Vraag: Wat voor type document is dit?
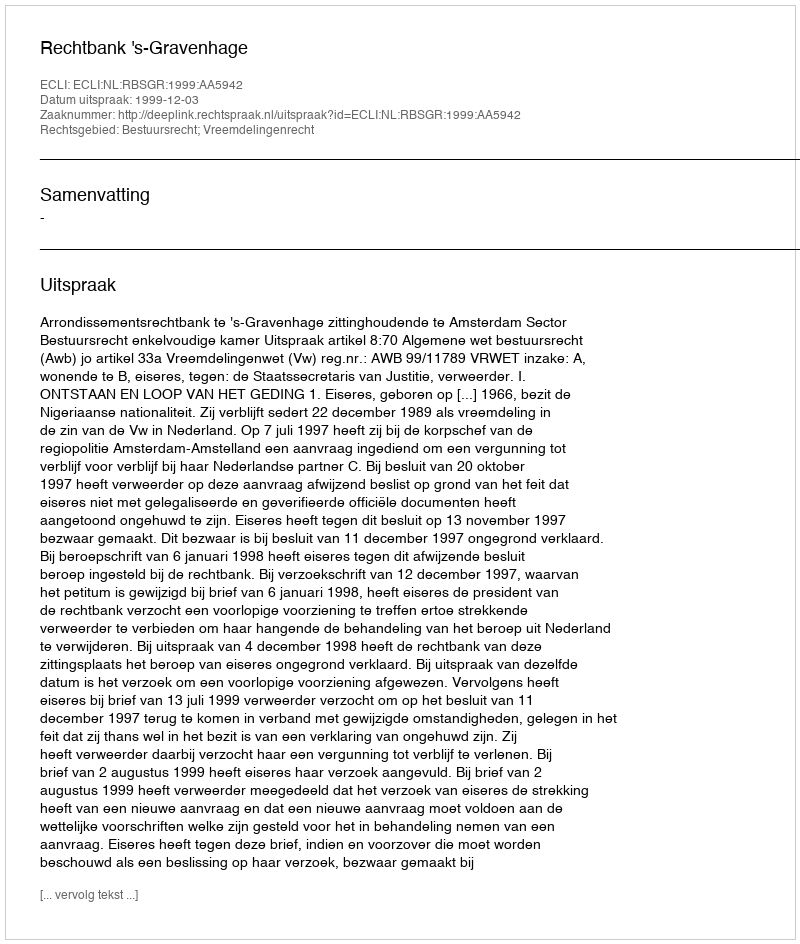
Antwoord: Uitspraak